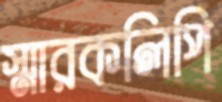
স্মারকলিপি